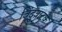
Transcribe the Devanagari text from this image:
बिंदुत्राटक